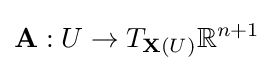
\mathbf {A} :U\to T_{\mathbf {X} (U)}\mathbb {R} ^{n+1}